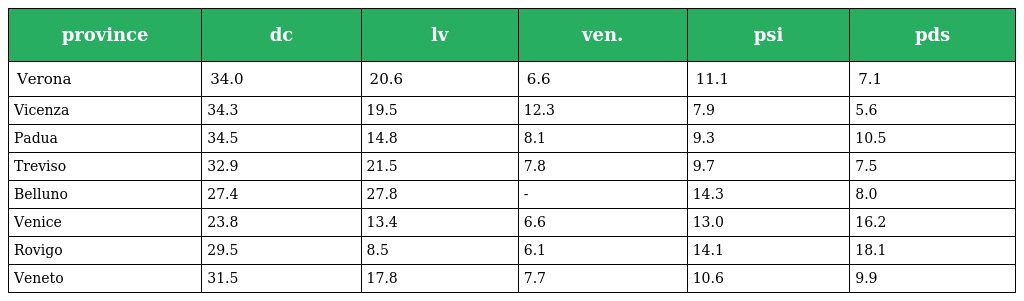
| province | dc | lv | ven. | psi | pds |
 | --- | --- | --- | --- | --- | --- |
 | Verona | 34.0 | 20.6 | 6.6 | 11.1 | 7.1 |
 | Vicenza | 34.3 | 19.5 | 12.3 | 7.9 | 5.6 |
 | Padua | 34.5 | 14.8 | 8.1 | 9.3 | 10.5 |
 | Treviso | 32.9 | 21.5 | 7.8 | 9.7 | 7.5 |
 | Belluno | 27.4 | 27.8 | - | 14.3 | 8.0 |
 | Venice | 23.8 | 13.4 | 6.6 | 13.0 | 16.2 |
 | Rovigo | 29.5 | 8.5 | 6.1 | 14.1 | 18.1 |
 | Veneto | 31.5 | 17.8 | 7.7 | 10.6 | 9.9 |